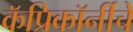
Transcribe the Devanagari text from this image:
कॅप्रिकॉर्नीचे